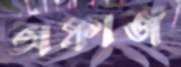
অফাজ